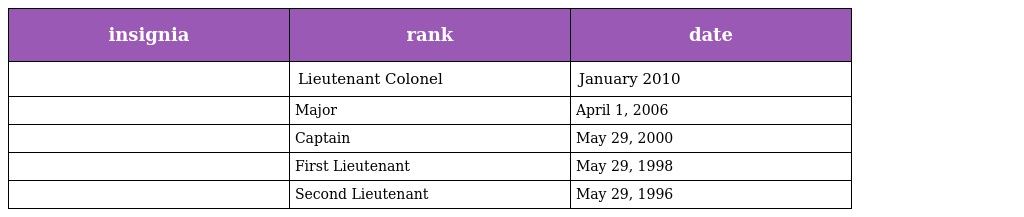
| insignia | rank | date |
 | --- | --- | --- |
 |  | Lieutenant Colonel | January 2010 |
 |  | Major | April 1, 2006 |
 |  | Captain | May 29, 2000 |
 |  | First Lieutenant | May 29, 1998 |
 |  | Second Lieutenant | May 29, 1996 |